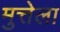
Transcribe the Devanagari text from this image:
मुत्तेला